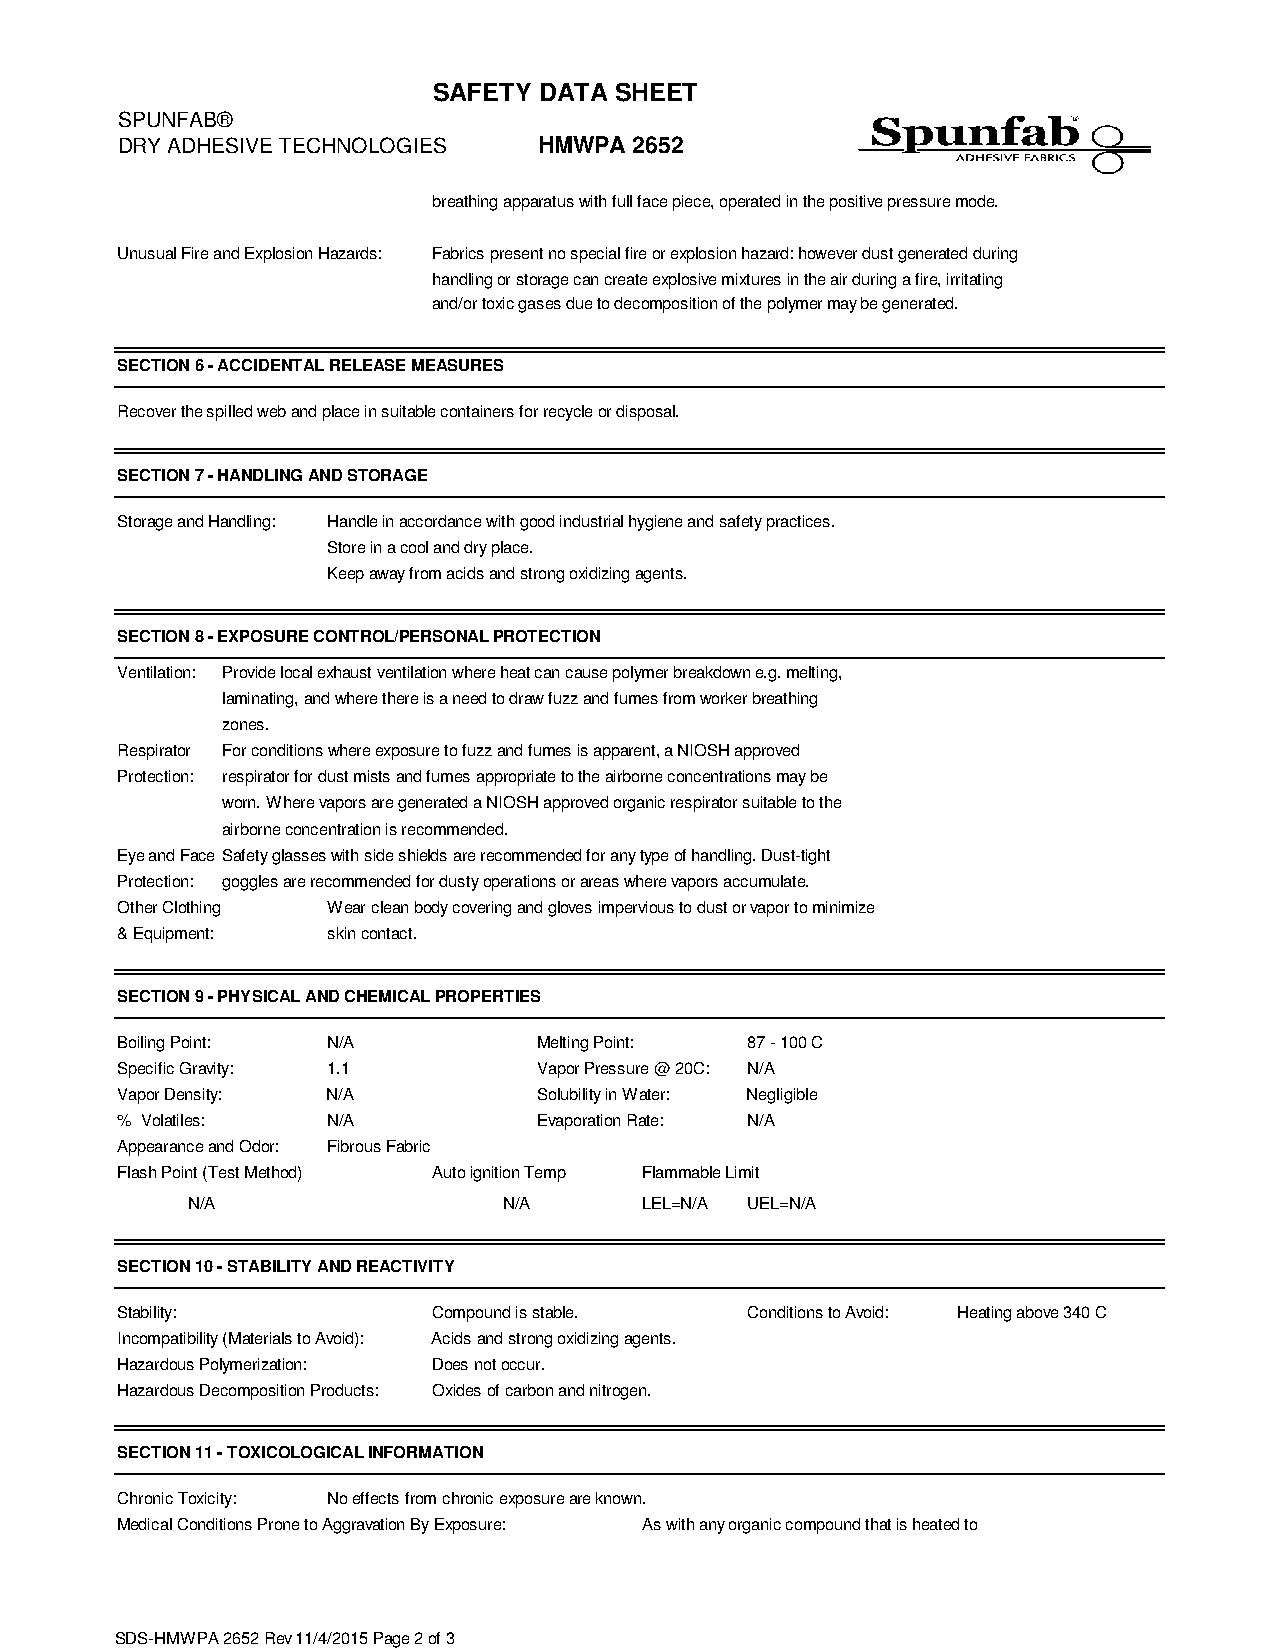
SAFETY DATA SHEET
 SPUNFAB®
 DRY ADHESIVE TECHNOLOGIES   HMWPA 2652
 breathing apparatus with full face piece, operated in the positive pressure mode.
 Unusual Fire and Explosion Hazards: Fabrics present no special fire or explosion hazard: however dust generated during
 handling or storage can create explosive mixtures in the air during a fire, irritating
 and/or toxic gases due to decomposition of the polymer may be generated.
 SECTION 6 - ACCIDENTAL RELEASE MEASURES
 Recover the spilled web and place in suitable containers for recycle or disposal.
 SECTION 7 - HANDLING AND STORAGE
 Storage and Handling: Handle in accordance with good industrial hygiene and safety practices.
 Store in a cool and dry place.
 Keep away from acids and strong oxidizing agents.
 SECTION 8 - EXPOSURE CONTROL/PERSONAL PROTECTION
 Ventilation: Provide local exhaust ventilation where heat can cause polymer breakdown e.g. melting,
 laminating, and where there is a need to draw fuzz and fumes from worker breathing
 zones.
 Respirator For conditions where exposure to fuzz and fumes is apparent, a NIOSH approved
 Protection: respirator for dust mists and fumes appropriate to the airborne concentrations may be
 worn. Where vapors are generated a NIOSH approved organic respirator suitable to the
 airborne concentration is recommended.
 Eye and Face Safety glasses with side shields are recommended for any type of handling. Dust-tight
 Protection: goggles are recommended for dusty operations or areas where vapors accumulate.
 Other Clothing Wear clean body covering and gloves impervious to dust or vapor to minimize
 & Equipment:  skin contact.
 SECTION 9 - PHYSICAL AND CHEMICAL PROPERTIES
 Boiling Point: N/A          Melting Point: 87 - 100 C
 Specific Gravity: 1.1       Vapor Pressure @ 20C: N/A
 Vapor Density: N/A          Solubility in Water: Negligible
 % Volatiles:  N/A           Evaporation Rate: N/A
 Appearance and Odor: Fibrous Fabric
 Flash Point (Test Method) Auto ignition Temp Flammable Limit
 N/A                  N/A       LEL=N/A UEL=N/A
 SECTION 10 - STABILITY AND REACTIVITY
 Stability:           Compound is stable. Conditions to Avoid: Heating above 340 C
 Incompatibility (Materials to Avoid): Acids and strong oxidizing agents.
 Hazardous Polymerization: Does not occur.
 Hazardous Decomposition Products: Oxides of carbon and nitrogen.
 SECTION 11 - TOXICOLOGICAL INFORMATION
 Chronic Toxicity: No effects from chronic exposure are known.
 Medical Conditions Prone to Aggravation By Exposure: As with any organic compound that is heated to
 SDS-HMWPA 2652 Rev 11/4/2015 Page 2 of 3